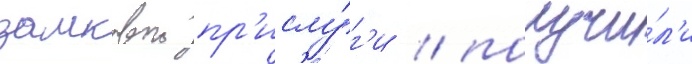
замковои пр'ислу́г'и / получи́л'и